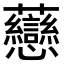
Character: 𧆎